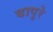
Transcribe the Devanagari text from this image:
बापुरे